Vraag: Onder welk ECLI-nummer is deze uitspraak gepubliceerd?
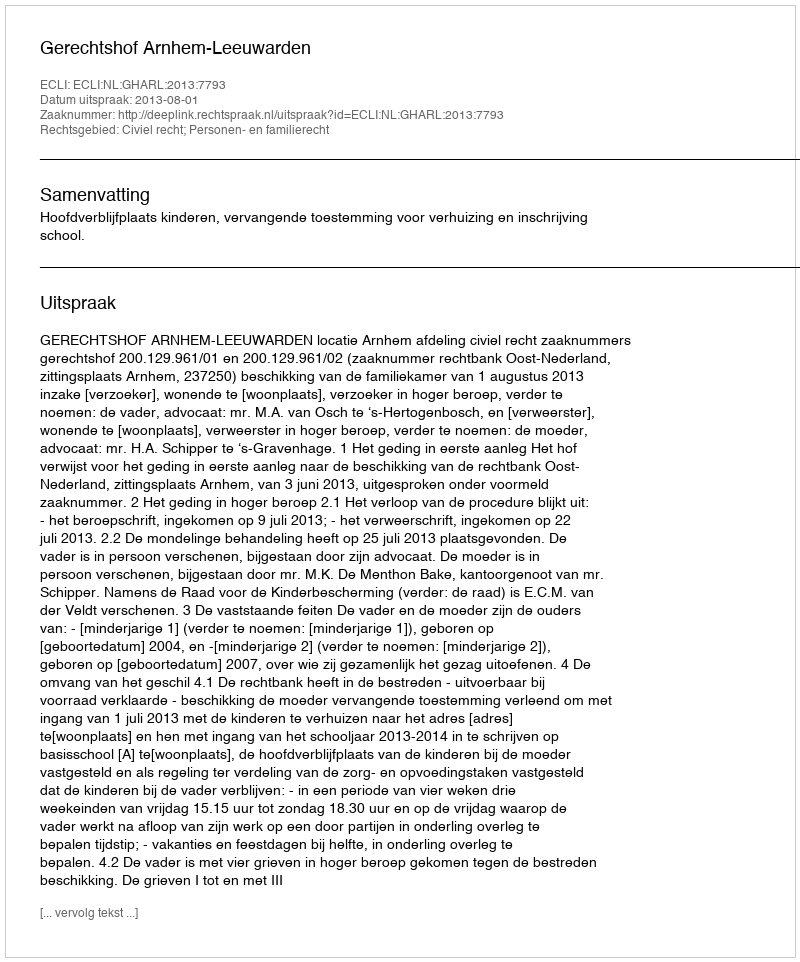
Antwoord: ECLI:NL:GHARL:2013:7793